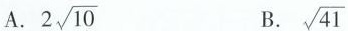
A. 2 \sqrt{10} B. \sqrt{41}